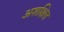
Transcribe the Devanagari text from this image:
अशक्षित्त